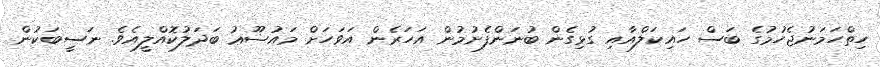
ހިތްހަމަނުޖެހުމުގެ ބަސް ހައިކަލްއާއި ގުޅިގެން ބުނަންފެށުމުން އަހަރެން އަވަހަށް މައުޟޫޢު ބަދަލުކޮއްލީއެވެ. ނަސީބަކުން